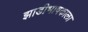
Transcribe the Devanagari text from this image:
झाडीभाषकाला